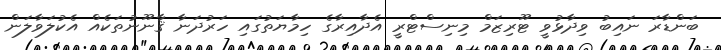
ބަންޑާރަ ނައިބު ވިދާޅުވީ ޓޫރިޒަމް މިނިސްޓްރީ އެދާއިރާގެ ހިމާޔަތުގައި ހަރުދަނާ ޤާނޫނުތަކެއް އެކުލަވާލަން